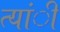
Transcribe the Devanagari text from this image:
त्यांी